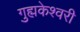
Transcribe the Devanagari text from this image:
गुह्मकेश्वरी